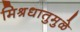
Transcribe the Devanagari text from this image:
मिश्रधातुमुळे